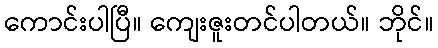
ကောင်းပါပြီ။ ကျေးဇူးတင်ပါတယ်။ ဘိုင်။